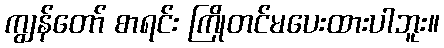
ကျွန်တော် စာရင်း ကြိုတင်မပေးထားပါဘူး။